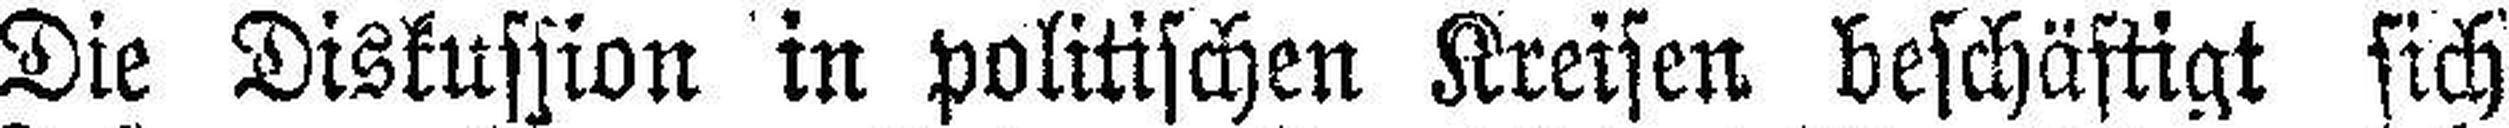
Die Diskussion in politischen Kreisen beschäftigt sich